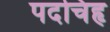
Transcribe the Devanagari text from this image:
पदचिहृ